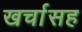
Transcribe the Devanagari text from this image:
खर्चासह